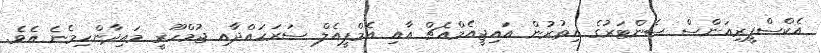
އެކްސްޕީރިއަންސް ސެންޓަރުގެ އިތުރުން އައިޖީއެމްއެޗް އާއި އެމްޕީއެލް ސަރަހައްދާއި ޖުމްހޫރީ މައިދާންހިމެނެ އެވެ.